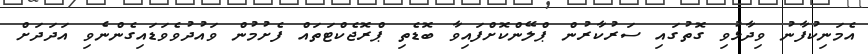
އެމަނިކުފާނު ވިދާޅުވި ގޮތުގައި ސަރުކާރުން ޕްލޭންކޮށްފައިވާ ބޮޑެތި ޕްރޮޖެކްޓަތައް ފެށުމުން ވައުދުވެވަޑައިގެންނެވި އަދަދަށް